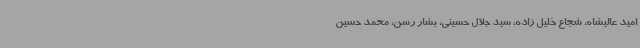
امید عالیشاه، شجاع خلیل زاده، سید جلال حسینی، بشار رسن، محمد حسین